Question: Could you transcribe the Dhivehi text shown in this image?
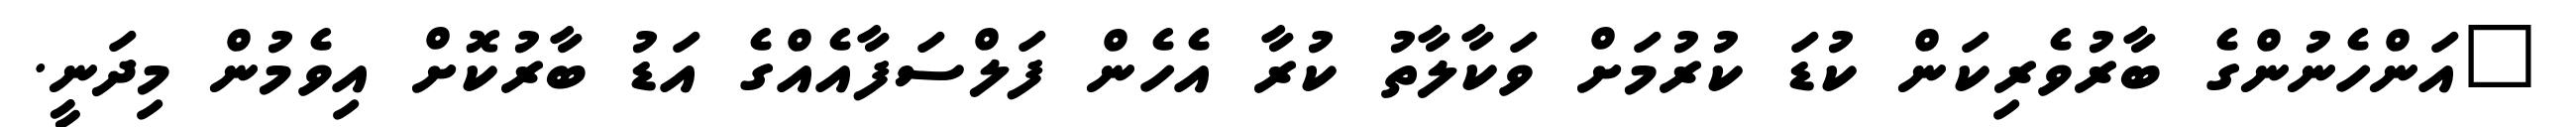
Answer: "އަންހެނުންގެ ބާރުވެރިކަން ކުޑަ ކުރުމަށް ވަކާލާތު ކުރާ އެހެން ފަލްސަފާއެއްގެ އަޑު ބާރުކޮށް އިވެމުން މިދަނީ.